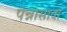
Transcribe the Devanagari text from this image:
पन्नासावा